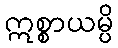
ဣစ္စာယမ္ပိ